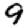
Digit: 9